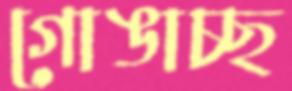
গোঙাচ্ছ